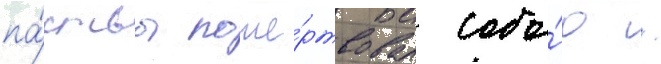
па́ствы поже́ртвовал собо́ю /